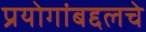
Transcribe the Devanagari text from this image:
प्रयोगांबद्दलचे